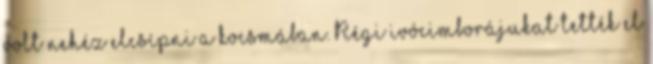
volt nehéz elcsípni a kocsmában. Régi ivócimborájukat tették el